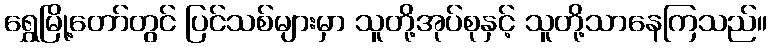
ရွှေမြို့တော်တွင် ပြင်သစ်များမှာ သူတို့အုပ်စုနှင့် သူတို့သာနေကြသည်။